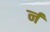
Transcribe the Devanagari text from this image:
र्न